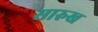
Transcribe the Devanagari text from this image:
सारुख